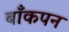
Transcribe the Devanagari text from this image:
बाँकपन